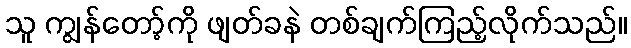
သူ ကျွန်တော့်ကို ဖျတ်ခနဲ တစ်ချက်ကြည့်လိုက်သည်။